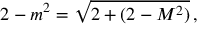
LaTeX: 2 - m ^ { 2 } = { \sqrt { 2 + ( 2 - M ^ { 2 } ) } } \, ,